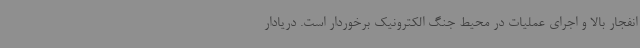
انفجار بالا و اجرای عملیات در محیط جنگ الکترونیک برخوردار است. دریادار